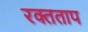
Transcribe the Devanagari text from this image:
रक्तताप